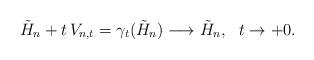
LaTeX: \begin{align*}\tilde H_n+t\, V_{n,t}=\gamma_t(\tilde H_n)\longrightarrow \tilde H_n, \ \ t\to +0.\end{align*}